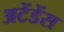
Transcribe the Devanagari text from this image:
अटेंडेंस